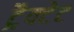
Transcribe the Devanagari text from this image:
ट्रैक्टेट